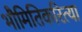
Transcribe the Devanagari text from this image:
भौमितिकरित्या